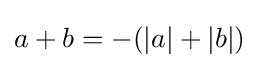
a+b=-(|a|+|b|)